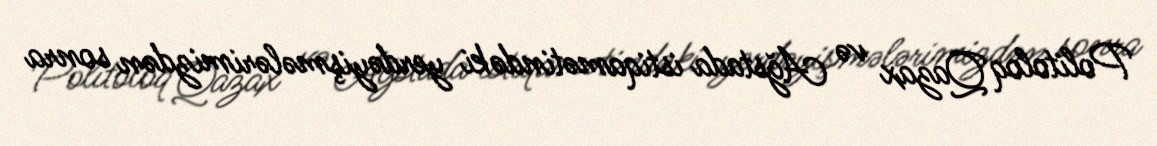
Politoloq Qazax və Ağstada istiqamətindəki yerdəyişmələrimizdən sonra